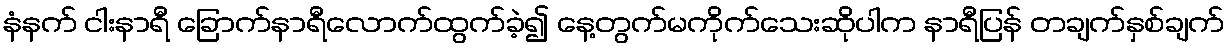
နံနက် ငါးနာရီ ခြောက်နာရီလောက်ထွက်ခဲ့၍ နေ့တွက်မကိုက်သေးဆိုပါက နာရီပြန် တချက်နှစ်ချက်